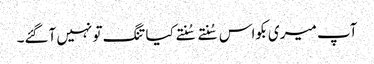
آپ میری بکواس سُنتے سُنتے کیا تنگ تو نہیں آگئے۔